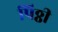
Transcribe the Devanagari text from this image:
पिठ्ठी